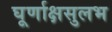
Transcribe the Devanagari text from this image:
घूर्णाक्षसुलभ